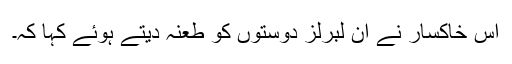
اس خاکسار نے ان لبرلز دوستوں کو طعنہ دیتے ہوئے کہا کہ۔